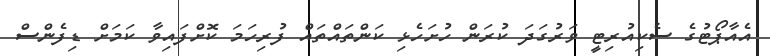
އެއާޕޯޓުގެ ސެކިއުރިޓީ ވަރުގަދަ ކުރަން ހުށަހެޅި ކަންތައްތައް ފުރިހަމަ ކޮށްފައިވާ ކަމަށް ޑިފެންސް